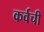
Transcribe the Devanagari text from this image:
कर्वची